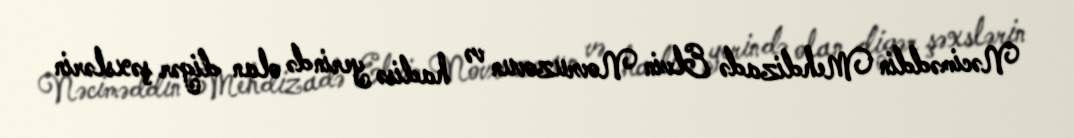
Nəciməddin Mehdizadə Elvin Novruzovun və hadisə yerində olan digər şəxslərin